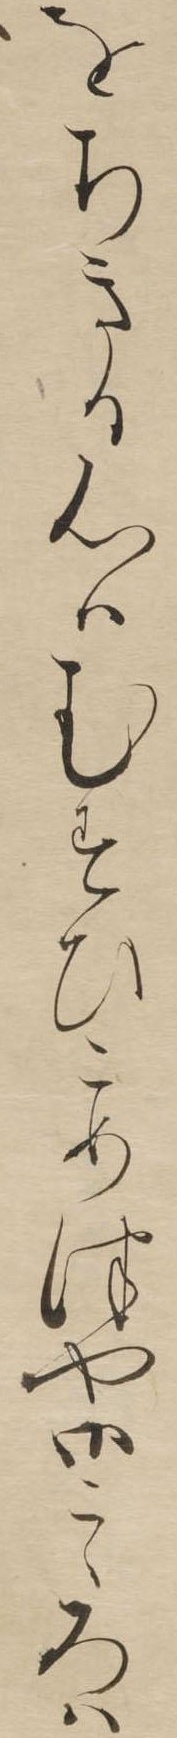
をちきる心はむすひこめつや御こゝろは